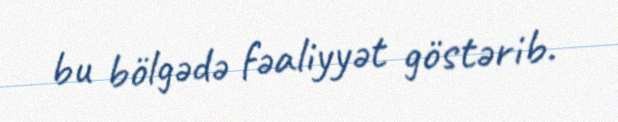
bu bölgədə fəaliyyət göstərib.